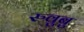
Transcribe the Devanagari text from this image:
रुवुबु